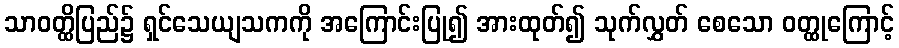
သာဝတ္ထိပြည်၌ ရှင်သေယျသကကို အကြောင်းပြု၍ အားထုတ်၍ သုက်လွှတ် စေသော ဝတ္ထုကြောင့်